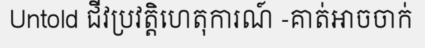
Untold ជីវប្រវត្តិហេតុការណ៍ -គាត់អាចចាក់